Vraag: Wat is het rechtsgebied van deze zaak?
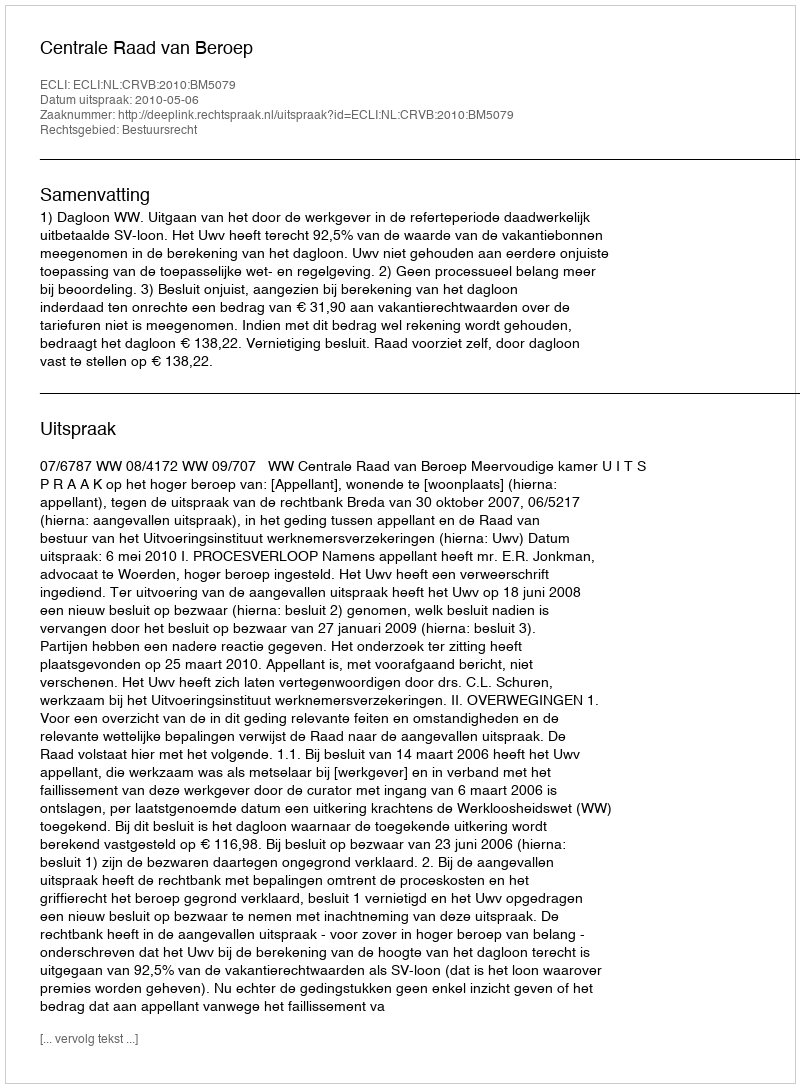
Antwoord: Bestuursrecht